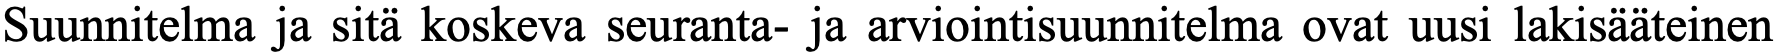
Suunnitelma ja sitä koskeva seuranta- ja arviointisuunnitelma ovat uusi lakisääteinen